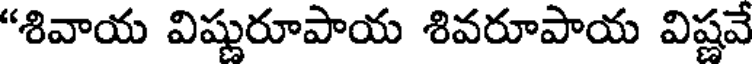
"శివాయ విష్ణురూపాయ శివరూపాయ విష్ణవే